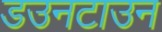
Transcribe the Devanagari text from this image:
डउनटाउन